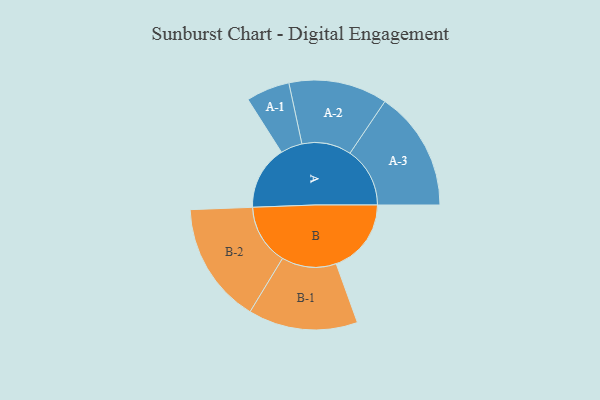
{"axis": {"x": "Segment", "y": "Value"}, "legend": ["", "A", "B"], "data": [{"x": "A", "y": 308, "type": ""}, {"x": "B", "y": 362, "type": ""}, {"x": "A-1", "y": 105, "type": "A"}, {"x": "A-2", "y": 238, "type": "A"}, {"x": "A-3", "y": 289, "type": "A"}, {"x": "B-1", "y": 264, "type": "B"}, {"x": "B-2", "y": 292, "type": "B"}]}